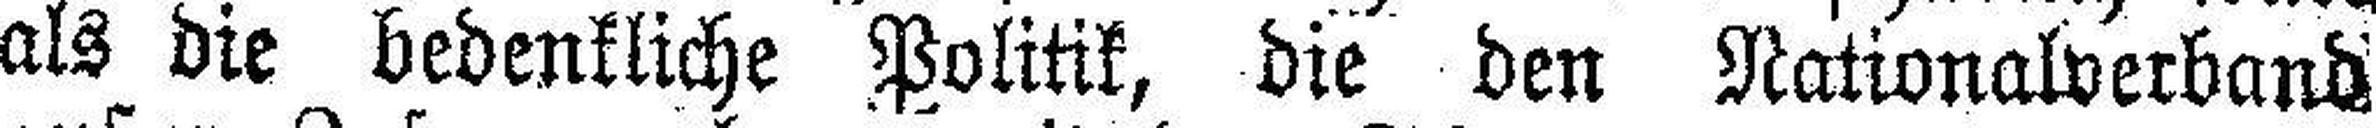
als die bedenkliche Politik, die den Nationalverband